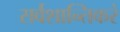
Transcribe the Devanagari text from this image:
सर्वशान्तिकरं